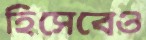
হিসেবেও